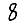
Digit: 8